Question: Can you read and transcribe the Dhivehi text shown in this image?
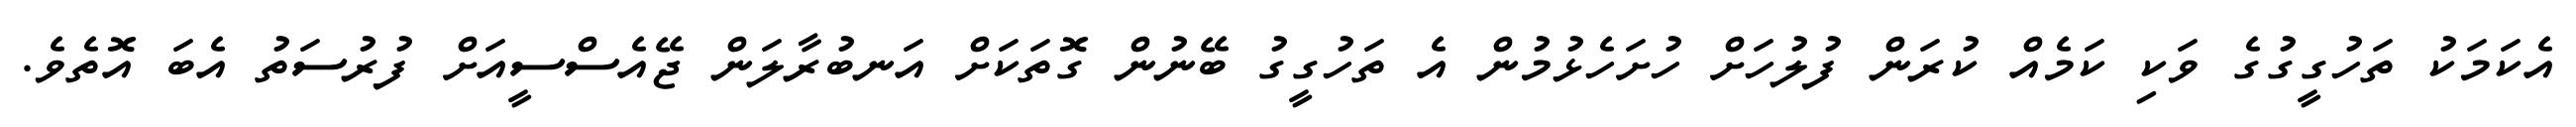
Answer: އެކަމަކު ތަހުގީގުގެ ވަކި ކަމެއް ކުރަން ފުލުހަށް ހުށަހެޅުމުން އެ ތަހުގީގު ބޭނުން ގޮތަކަށް އަނބުރާލަން ޖޭއެސްސީއަށް ފުރުސަތު އެބަ އޮތެވެ.